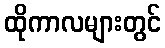
ထိုကာလများတွင်